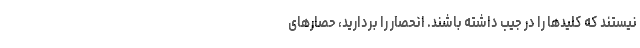
نیستند که کلیدها را در جیب داشته باشند. انحصار را بردارید، حصارهای